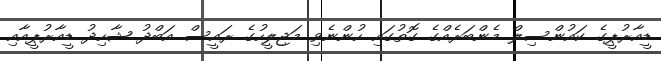
ޑީއާރުޕީގެ ކައުންސިލް މެންބަރެއްގެ ގޮތުގައި ހުންނެވި މަޖިލީހުގެ ރައީސް އަބްދު ޝާހިދު ޑީއާރުޕީއާއި